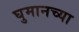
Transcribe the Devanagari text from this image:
घुमानच्या